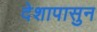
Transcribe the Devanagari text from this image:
देशापासुन